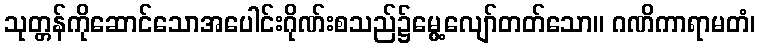
သုတ္တန်ကိုဆောင်သောအပေါင်းဂိုဏ်းစသည်၌မွေ့လျော်တတ်သော။ ဂဏိကာရာမတံ၊